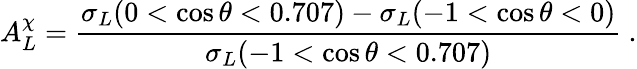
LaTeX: A_{L}^{\chi}=\frac{\sigma_{L}(0<\cos\theta<0.707)-\sigma_{L}(-1<\cos\theta<0)}{\sigma_{L}(-1<\cos\theta<0.707)}\ .